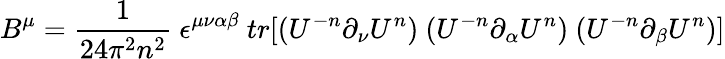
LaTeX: B^{\mu}=\frac{1}{24\pi^{2}n^{2}}~\epsilon^{\mu\nu\alpha\beta}~tr[(U^{-n}\partial_{\nu}U^{n})~(U^{-n}\partial_{\alpha}U^{n})~(U^{-n}\partial_{\beta}U^{n})]